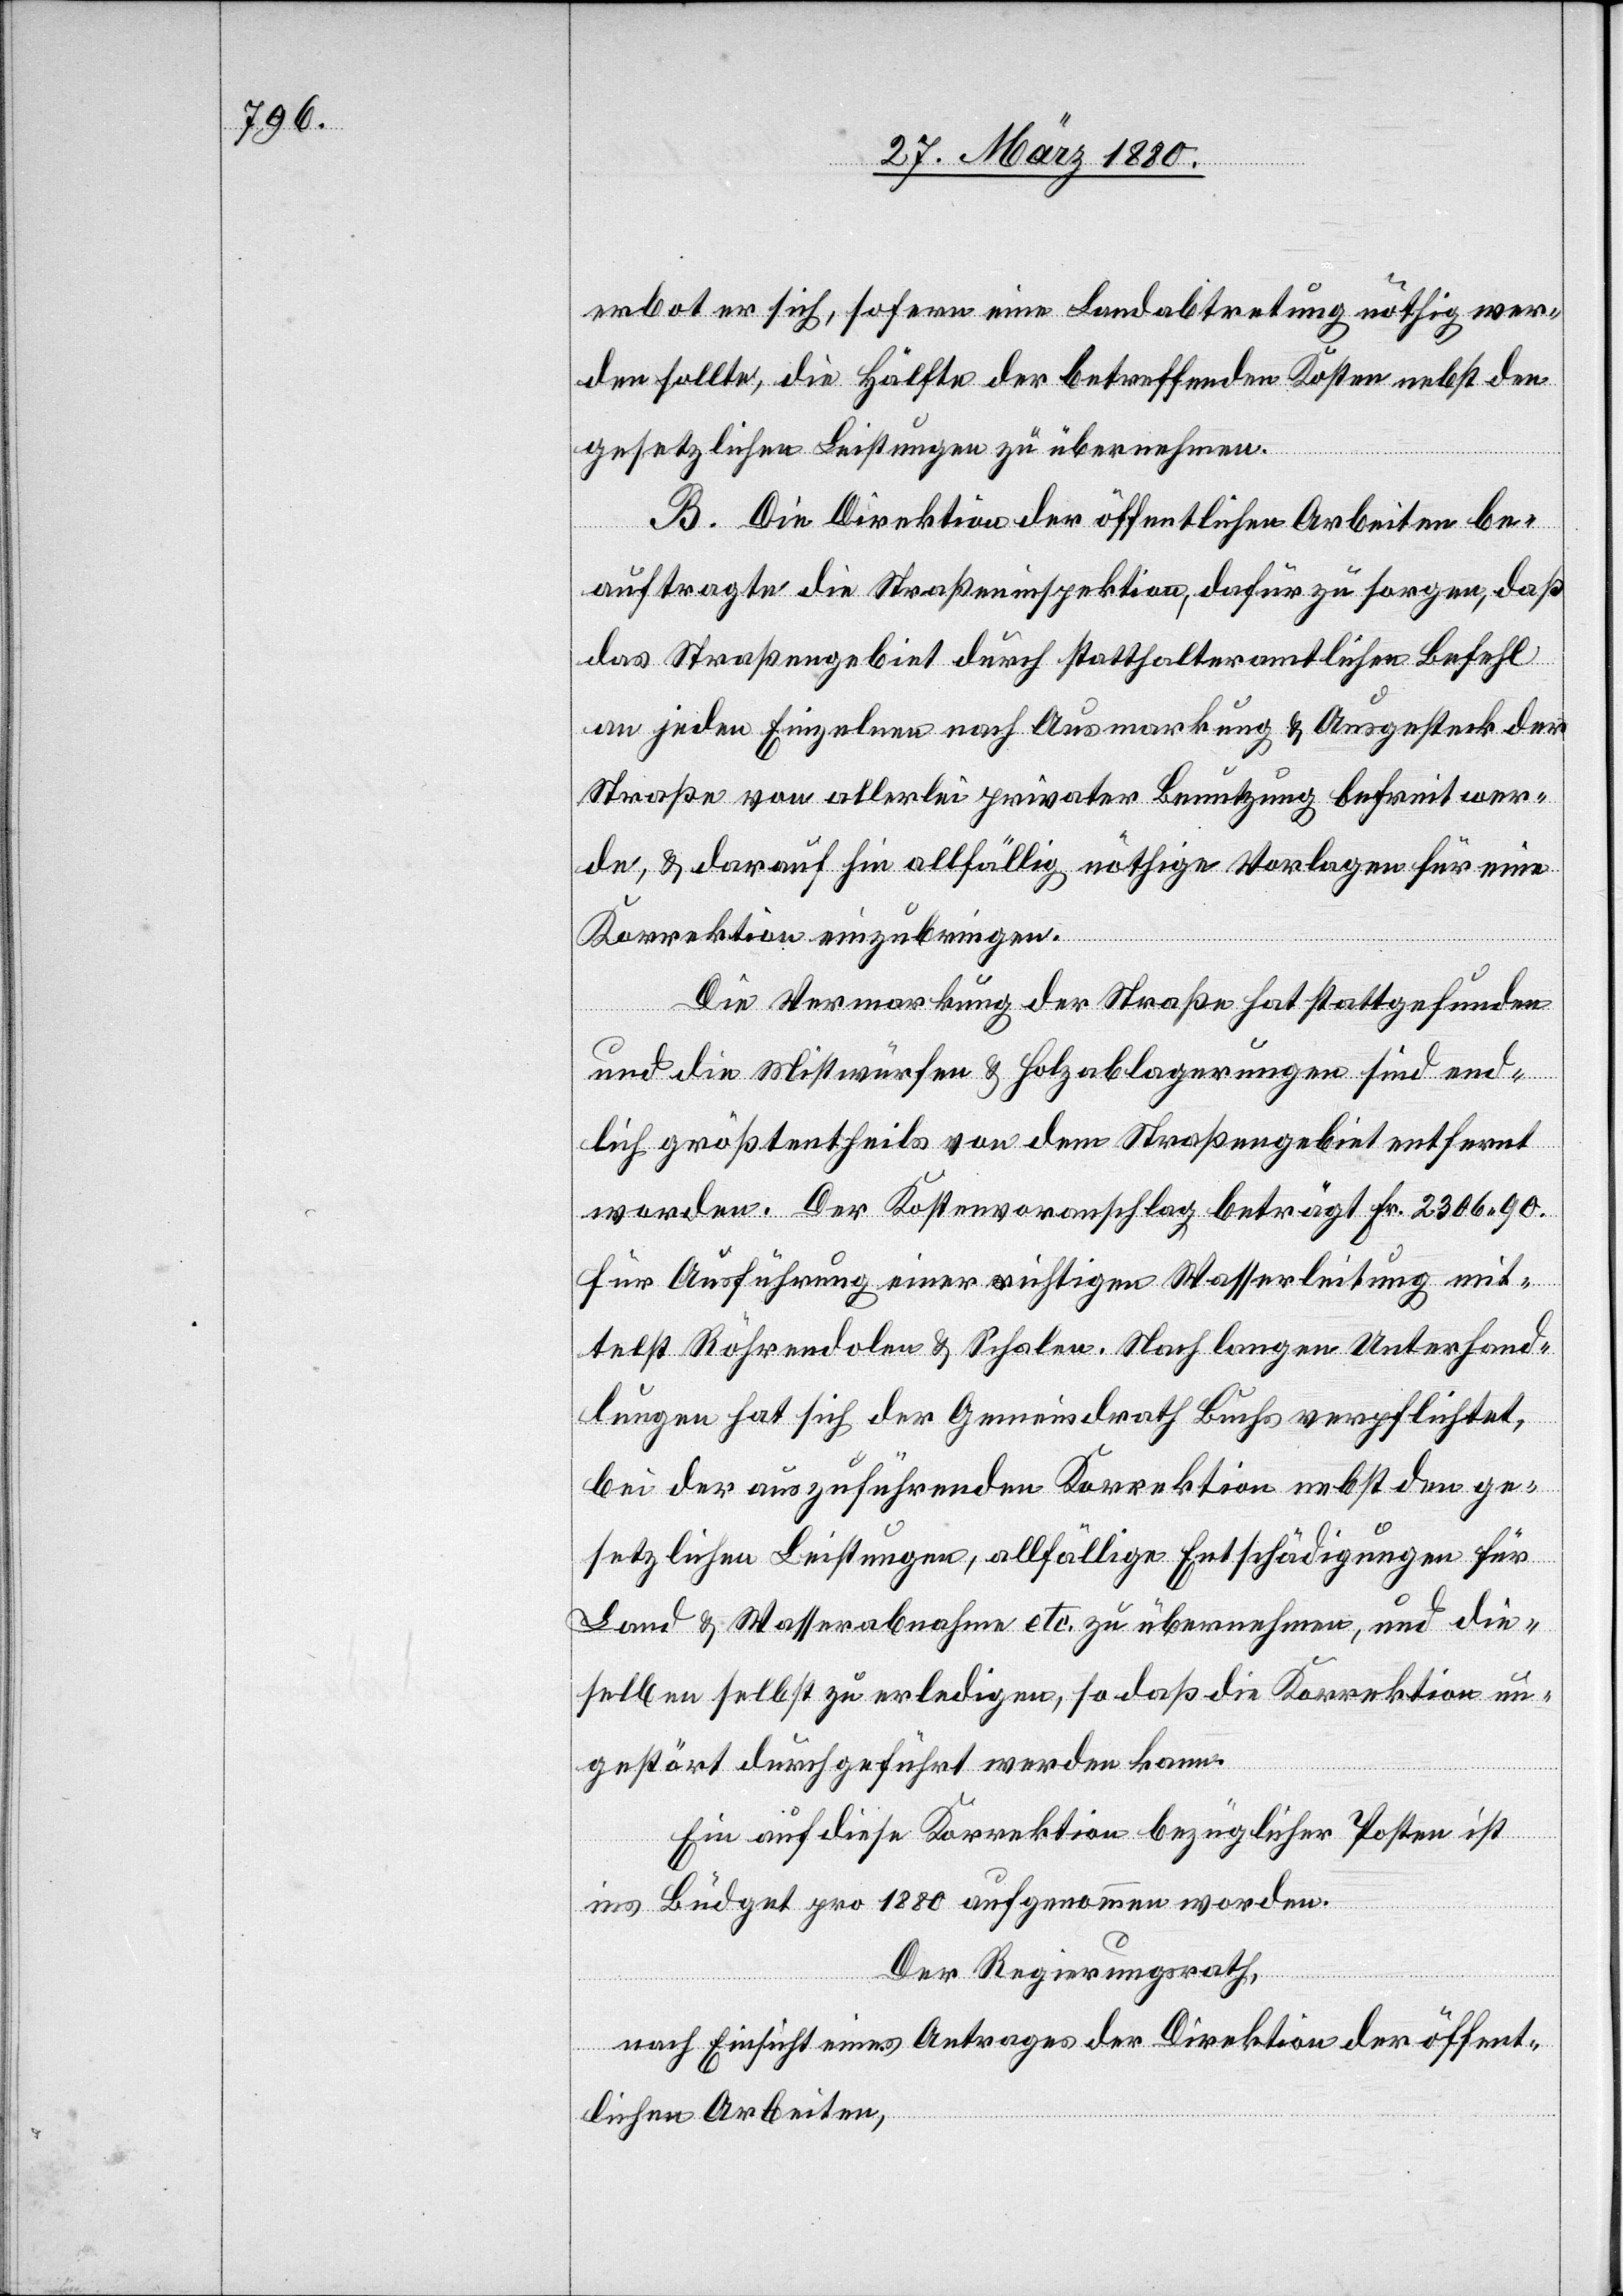
erbot er sich, sofern eine Landabtretung nöthig wer¬
den sollte, die Hälfte der betreffenden Kosten nebst den
gesetzlichen Leistungen zu übernehmen.
B. Die Direktion der öffentlichen Arbeiten be¬
auftragte die Straßeninspektion, dafür zu sorgen, daß
das Straßengebiet durch statthalteramtlichen Befehl
an jeden Einzelnen nach Ausmarkung & Ausgesteck der
Straße von allerlei privater Benutzung befreit wer¬
de, & darauf hin allfälig nöthige Vorlagen für eine
Korrektion einzubringen.
Die Vermarkung der Straße hat stattgefunden
und die Mistwürfen & Holzablagerungen sind end¬
lich größtentheils von dem Straßengebiet entfernt
worden. Der Kostenvoranschlag beträgt Fr. 2306. 90
für Ausführung einer richtigen Wasserleitung mit¬
telst Röhrendolen & Schalen. Nach langen Unterhand¬
lungen hat sich der Gemeindrath Buchs verpflichtet,
bei der auszuführenden Korrektion nebst den ge¬
setzlichen Leistungen, allfälige Entschädigungen für
Land & Wasserabnahme etc. zu übernehmen, und die¬
selben selbst zu erledigen, so daß die Korrektion un¬
gestört durchgeführt werden kann.
Ein auf diese Korrektion bezüglicher Posten ist
ins Büdget pro 1880 aufgenommen worden.
Der Regierungsrath,
nach Einsicht eines Antrages der Direktion der öffent¬
lichen Arbeiten,